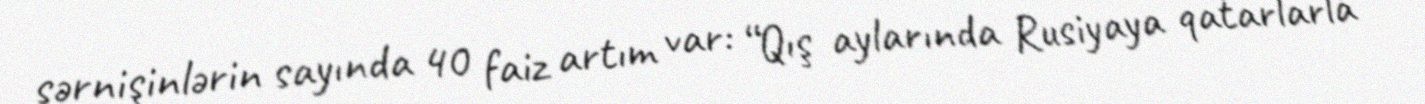
sərnişinlərin sayında 40 faiz artım var: “Qış aylarında Rusiyaya qatarlarla